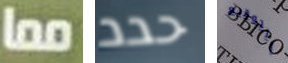
مما حدد التوقيع